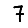
Digit: 7